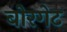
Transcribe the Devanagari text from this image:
बोरगेट